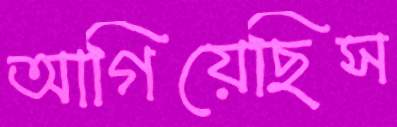
আগিয়েছিস